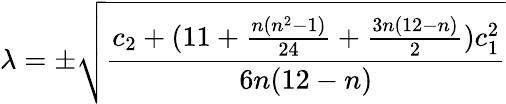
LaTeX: \lambda=\pm\sqrt{\frac{c_{2}+(11+\frac{n(n^{2}-1)}{24}+\frac{3n(12-n)}{2})c_{1}^{2}}{6n(12-n)}}